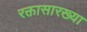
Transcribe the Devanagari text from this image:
रक्तासारख्या